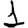
Digit: 1